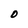
Character: O